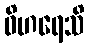
ဝိဟရေသိ